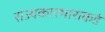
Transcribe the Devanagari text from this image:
राज्यकारभाराकडे